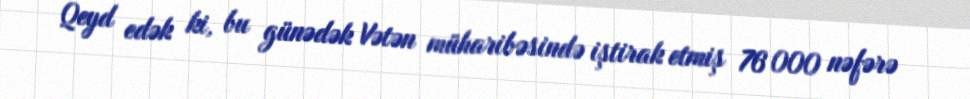
Qeyd edək ki, bu günədək Vətən müharibəsində iştirak etmiş 76 000 nəfərə